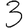
Digit: 3